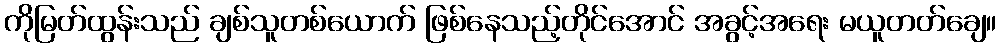
ကိုမြတ်ထွန်းသည် ချစ်သူတစ်ယောက် ဖြစ်နေသည့်တိုင်အောင် အခွင့်အရေး မယူတတ်ချေ။